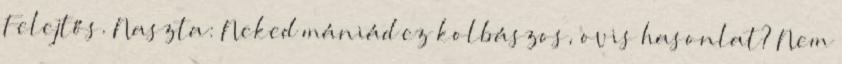
Felejtős. Naszta: Neked mániád ez kolbászos, ovis hasonlat? Nem